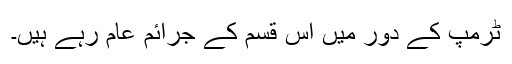
ٹرمپ کے دور میں اس قسم کے جرائم عام رہے ہیں۔